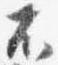
不